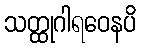
သတ္ထုဂါရဝေနပိ